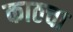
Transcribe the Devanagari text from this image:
काठचा